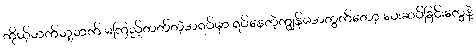
ကိုယ့်ဘက်သူ့ဘက် မကြည့်တတ်တဲ့အရပ်မှာ ရပ်နေတဲ့ကျွန်မအတွက်တော့ ပေးဆပ်ခြင်းတွေနဲ့